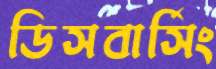
ডিসবার্সিং